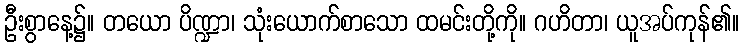
ဦးစွာနေ့၌။ တယော ပိဏ္ဍာ၊ သုံးယောက်စာသော ထမင်းတို့ကို။ ဂဟိတာ၊ ယူအပ်ကုန်၏။